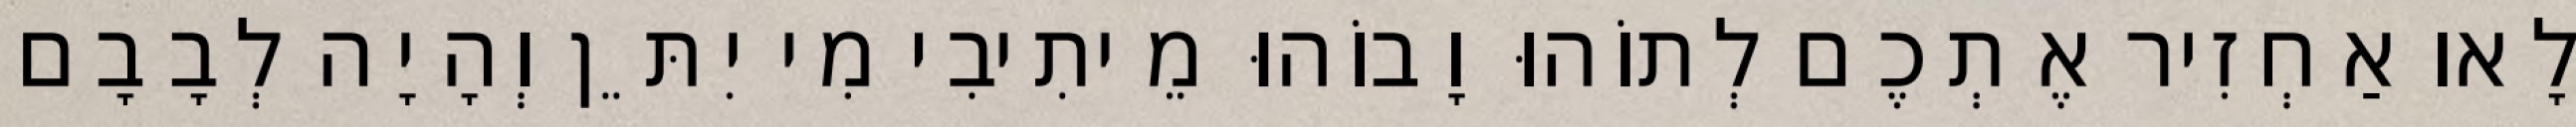
לָאו אַחְזִיר אֶתְכֶם לְתוֹהוּ וָבוֹהוּ מֵיתִיבִי מִי יִתֵּן וְהָיָה לְבָבָם